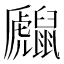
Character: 𪕻